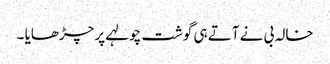
خالہ بی نے آتے ہی گوشت چولہے پر چڑھایا ۔